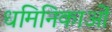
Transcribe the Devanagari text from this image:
धमिनिकाओं